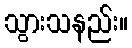
သွားသနည်း။